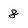
Character: 8